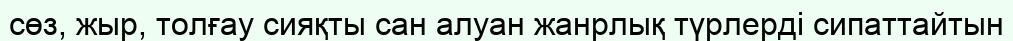
сөз, жыр, толғау сияқты сан алуан жанрлық түрлерді сипаттайтын